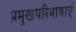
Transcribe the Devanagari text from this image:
प्रमुखपरिभाषाएं